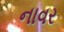
નાવર